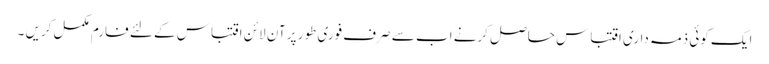
ایک کوئی ذمہ داری اقتباس حاصل کرنے اب سے صرف فوری طور پر آن لائن اقتباس کے لئے فارم مکمل کریں ۔